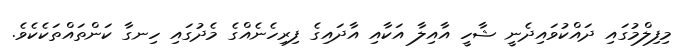
މިފިލްމުގައި ދައްކުވައިދެނީ ޝާހީ އާއިލާ އަކާއި އާދައިގެ ފިރިހެނެއްގެ މެދުގައި ހިނގާ ކަންތައްތަކެކެވެ.